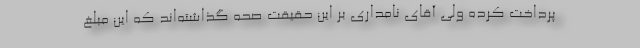
پرداخت کرده ولی آقای نامداری بر این حقیقت صحه گذاشته‌اند که این مبلغ